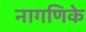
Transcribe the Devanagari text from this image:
नागणिके